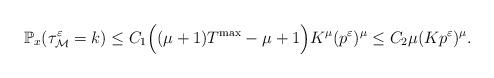
LaTeX: \begin{align*} \mathbb{P}_x(\tau^\varepsilon_\mathcal{M}=k) \leq C_1 \Big((\mu+1)T^{\max}-\mu+1\Big) K^{\mu} (p^\varepsilon)^\mu \leq C_2 \mu (K p^\varepsilon)^\mu.\end{align*}